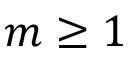
m \geq 1